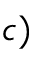
c )